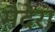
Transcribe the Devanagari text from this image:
मैदेरा